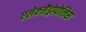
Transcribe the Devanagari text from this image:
एलेक्जैंड्रोपोलिस